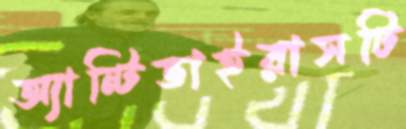
অ্যান্টিভাইরাসটি